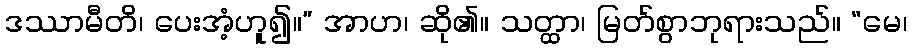
ဒဿာမီတိ၊ ပေးအံ့ဟူ၍။” အာဟ၊ ဆို၏။ သတ္ထာ၊ မြတ်စွာဘုရားသည်။ “မေ၊